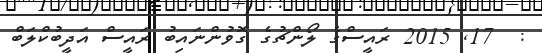
:  17